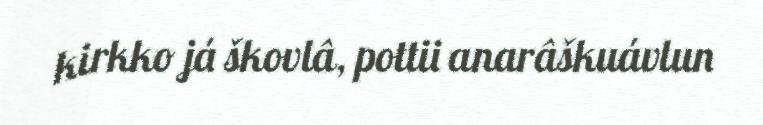
kirkko já škovlâ, pottii anarâškuávlun